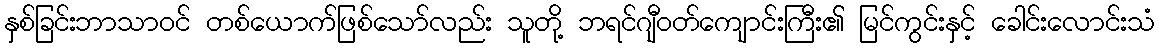
နှစ်ခြင်းဘာသာဝင် တစ်ယောက်ဖြစ်သော်လည်း သူတို့ ဘရင်ဂျီဝတ်ကျောင်းကြီး၏ မြင်ကွင်းနှင့် ခေါင်းလောင်းသံ